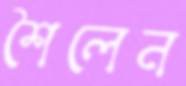
শৈলেন